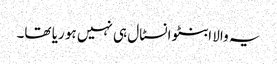
یہ والا ابنٹو انسٹال ہی نہیں ہو ریا تھا۔